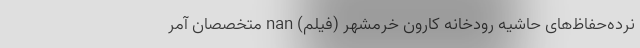
نرده‌حفاظ‌های‌ حاشیه‌ رودخانه کارون خرمشهر (فیلم) nan متخصصان آمر